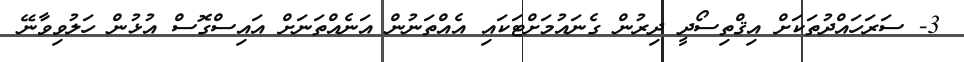
3- ސަރަހައްދުތަކަށް އިޤްތިސޯދީ ދިރުން ގެނައުމަށްޓަކައި އެއްތަނުން އަނެއްތަނަށް އައިސްގޮސް އުޅުން ހަލުވިވާނޭ